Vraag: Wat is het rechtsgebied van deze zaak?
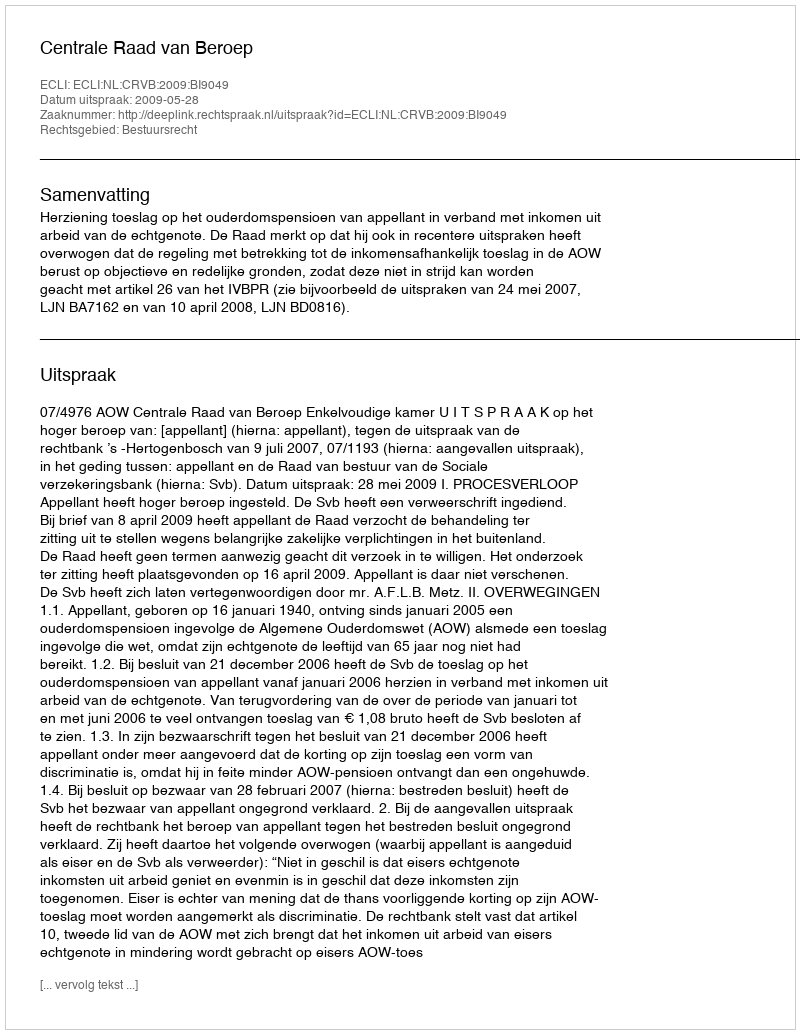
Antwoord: Bestuursrecht